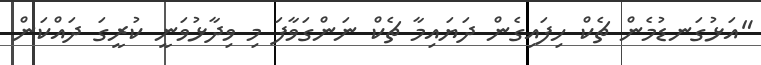
"އަޅުގަނޑުމެން ޗެކް ހިފައިގެން ދަޔައިމާ ޗެކް ނަންގަވާފަ މި ވިދާޅުވަނީ ކުރީގަ ދައްކަން